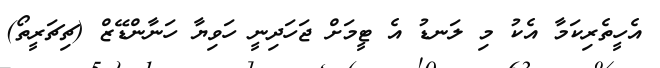
އެހީތެރިކަމާ އެކު މި ލަނޑު އެ ޓީމަށް ޖަހަދިނީ ހަވިޔާ ހަނާންޑޭޒް (ޗިޗަރީތޯ)